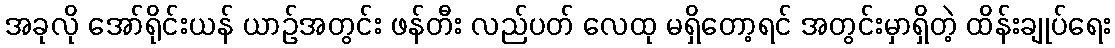
အခုလို အော်ရိုင်းယန် ယာဉ်အတွင်း ဖန်တီး လည်ပတ် လေထု မရှိတော့ရင် အတွင်းမှာရှိတဲ့ ထိန်းချုပ်ရေး